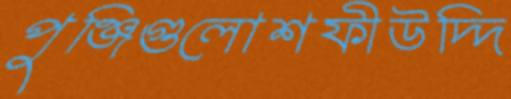
পুঞ্জিগুলোশফীউদ্দি